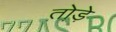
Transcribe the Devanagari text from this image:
तो़ड़े